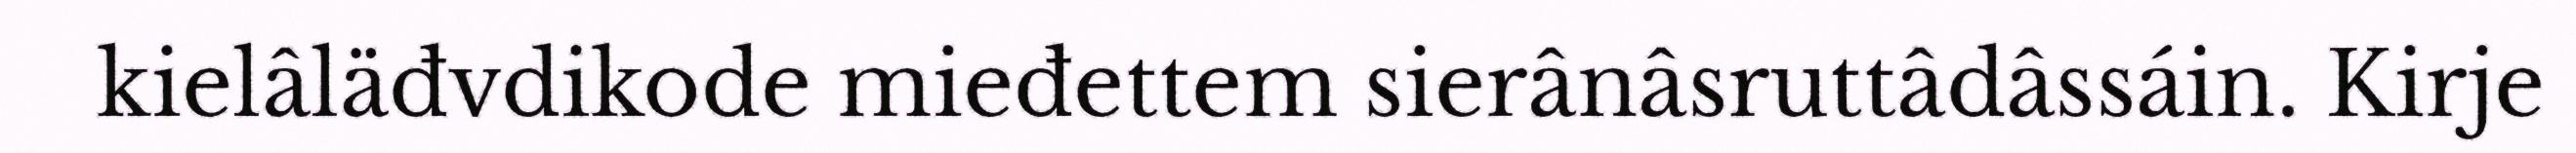
kielâläđvdikode mieđettem sierânâsruttâdâssáin. Kirje